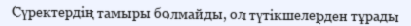
Сүректердің тамыры болмайды, ол түтікшелерден тұрады